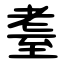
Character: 耋